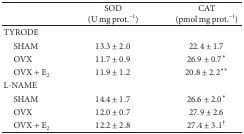
|  | SOD (U mg prot.−1) | CAT (pmol mg prot.−1) |
 | --- | --- | --- |
 | TYRODE |  |  |
 | SHAM | 13.3 ± 2.0 | 22.4 ± 1.7 |
 | OVX | 11.7 ± 0.9 | 26.9 ± 0.7* |
 | OVX + E2 | 11.9 ± 1.2 | 20.8 ± 2.2** |
 | L-NAME |  |  |
 | SHAM | 14.4 ± 1.7 | 26.6 ± 2.0* |
 | OVX | 12.0 ± 0.7 | 27.9 ± 2.6 |
 | OVX + E2 | 12.2 ± 2.8 | 27.4 ± 3.1† |